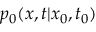
p _ { 0 } ( x , t | x _ { 0 } , t _ { 0 } )